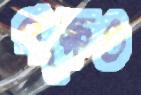
পক্ষেও